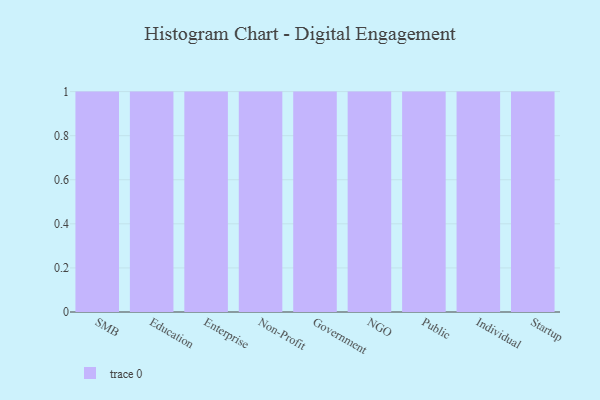
{"axis": {"x": "Segment", "y": "Shipments"}, "legend": [""], "data": [{"x": "SMB", "y": 48, "type": ""}, {"x": "Education", "y": 52, "type": ""}, {"x": "Enterprise", "y": 54, "type": ""}, {"x": "Non-Profit", "y": 12, "type": ""}, {"x": "Government", "y": 51, "type": ""}, {"x": "NGO", "y": 11, "type": ""}, {"x": "Public", "y": 87, "type": ""}, {"x": "Individual", "y": 30, "type": ""}, {"x": "Startup", "y": 41, "type": ""}]}